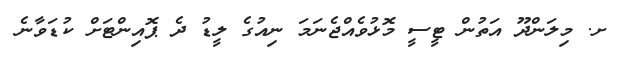
ށ. މިލަންދޫ އަތުން ޓީސީ މޮޅުވެއްޖެނަމަ ނިއުގެ ލީޑު ދެ ޕޮއިންޓަށް ކުޑަވާނެ